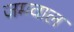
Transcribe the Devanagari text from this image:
जमवाल